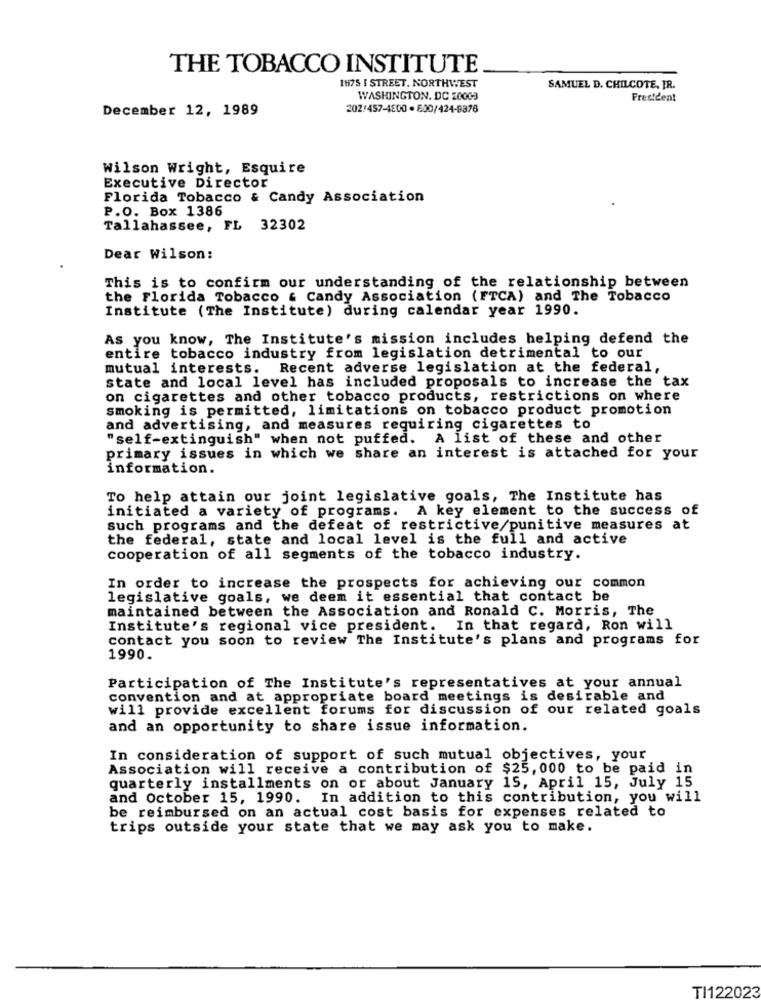
THE TOBACCO INSTITUTE
1875 I STREET, NORTHWEST
SAMUEL D. CHILCOTE, IR.
WASHINGTON, DC 20003
President
December 12, 1989
202/457-4800 - 800/424-9876
Wilson Wright, Esquire
Executive Director
Florida Tobacco & Candy Association
P.O. Box 1386
Tallahassee, FL 32302
Dear Wilson:
This is to confirm our understanding of the relationship between
the Florida Tobacco & Candy Association (FTCA) and The Tobacco
Institute (The Institute) during calendar year 1990.
As you know, The Institute's mission includes helping defend the
entire tobacco industry from legislation detrimental to our
mutual interests. Recent adverse legislation at the federal,
state and local level has included proposals to increase the tax
on cigarettes and other tobacco products, restrictions on where
smoking is permitted, limitations on tobacco product promotion
and advertising, and measures requiring cigarettes to
"self-extinguish" when not puffed. A list of these and other
primary issues in which we share an interest is attached for your
information.
To help attain our joint legislative goals, The Institute has
initiated a variety of programs. A key element to the success of
such programs and the defeat of restrictive/punitive measures at
the federal, state and local level is the full and active
cooperation of all segments of the tobacco industry.
In order to increase the prospects for achieving our common
legislative goals, we deem it essential that contact be
maintained between the Association and Ronald C. Morris, The
Institute's regional vice president. In that regard, Ron will
contact you soon to review The Institute's plans and programs for
1990.
Participation of The Institute's representatives at your annual
convention and at appropriate board meetings is desirable and
will provide excellent forums for discussion of our related goals
and an opportunity to share issue information.
In consideration of support of such mutual objectives, your
Association will receive a contribution of $25,000 to be paid in
quarterly installments on or about January 15, April 15, July 15
and October 15, 1990. In addition to this contribution, you will
be reimbursed on an actual cost basis for expenses related to
trips outside your state that we may ask you to make.
TI122023